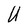
Character: U